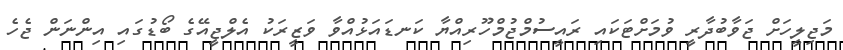
މަޖިލީހަށް ޖަވާބުދާރީ ވުމަށްޓަކައި ރައީސުމްޖުމްހޫރިއްޔާ ކަނޑައަޅުއްވާ ވަޒީރަކު އެލްޖީއޭގެ ބޯޑުގައި އިންނަން ޖެހެ